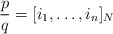
\begin{align*} \frac{p}{q} = [i_1, \ldots, i_n]_N\end{align*}